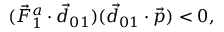
( \vec { F } _ { 1 } ^ { a } \cdot \vec { d } _ { 0 1 } ) ( \vec { d } _ { 0 1 } \cdot \vec { p } ) < 0 ,